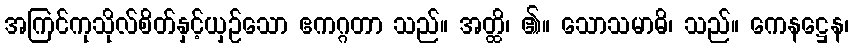
အကြင်ကုသိုလ်စိတ်နှင့်ယှဉ်သော ဧကဂ္ဂတာ သည်။ အတ္ထိ၊ ၏။ သောသမာဓိ၊ သည်။ ကေနဋ္ဌေန၊